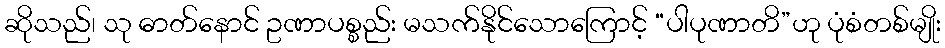
ဆိုသည်၊ သု ဓာတ်နောင် ဥဏာပစ္စည်း မသက်နိုင်သောကြောင့် “ပါပုဏာတိ”ဟု ပုံစံတစ်မျိုး